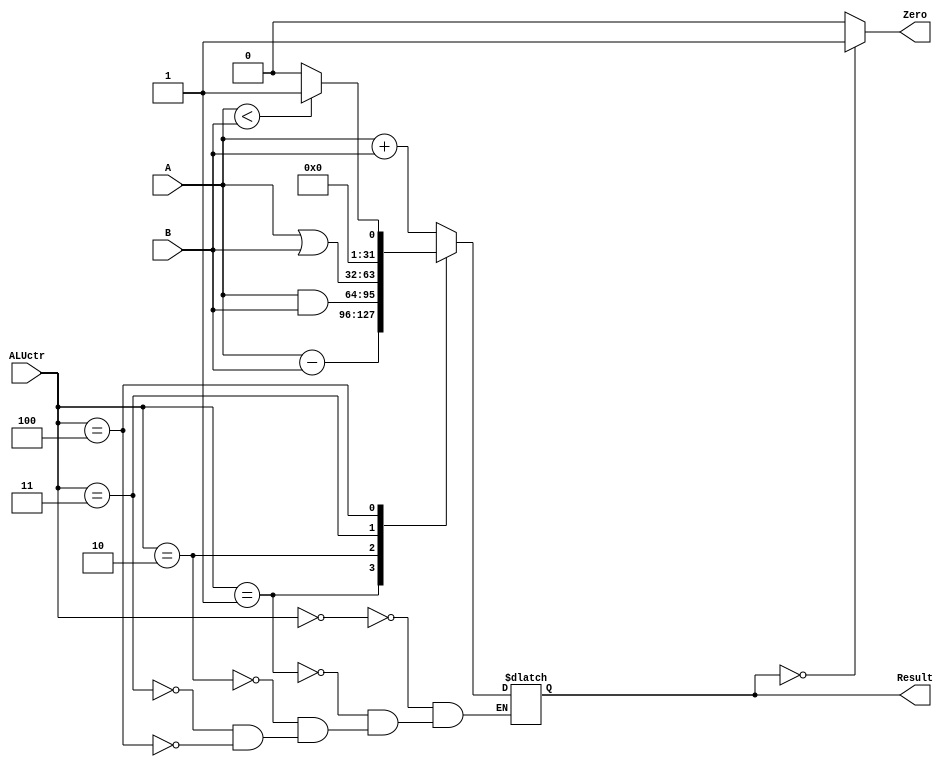
//add:  add, lw, sw	000
//sub:  sub,  beq	001
//and:  and		010
//or :  or 		011
//slt:  slt             100
module ALU #(parameter WIDTH = 32)
	(A,B,ALUctr,Zero,Result);//no Overflow
  //define
  input [WIDTH-1:0] A,B;
  input [2:0] ALUctr;
  output Zero;
  output reg [WIDTH-1:0]  Result;
  
  assign Zero = ((Result == 0)? 1 : 0);

  always @ (ALUctr or A or B)
  begin
	case (ALUctr)
		3'b000 : Result <= A + B;
		3'b001 : Result <= A - B;
		3'b010 : Result <= A & B;
		3'b011 : Result <= A | B;
		3'b100 : Result <= (A < B) ? 1 : 0;
	endcase
	
  end
endmodule